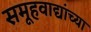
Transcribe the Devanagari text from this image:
समूहवाद्यांच्या